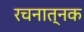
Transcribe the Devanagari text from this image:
रचनात्नक